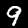
Label: 9